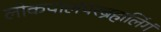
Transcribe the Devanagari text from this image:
लोकपालंपरब्रंह्मलिंगं